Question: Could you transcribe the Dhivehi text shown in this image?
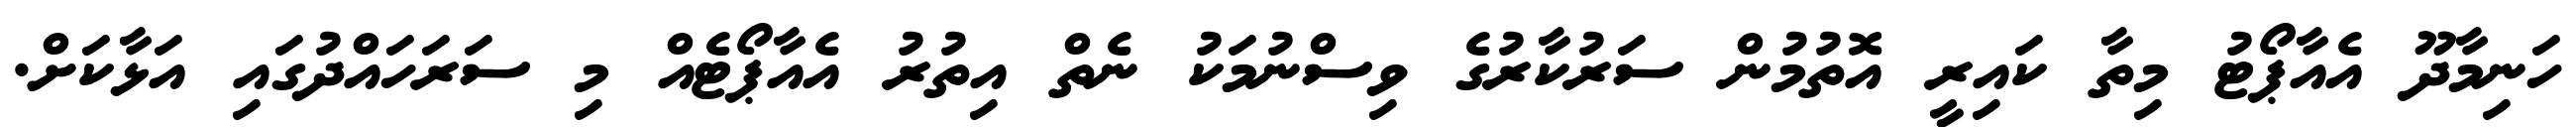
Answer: ހަނިމާދޫ އެއާޕޯޓު މިތާ ކައިރީ އޮތުމުން ސަރުކާރުގެ ވިސްނުމަކު ނެތް އިތުރު އެއާޕޯޓެއް މި ސަރަހައްދުގައި އަޅާކަށް.